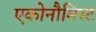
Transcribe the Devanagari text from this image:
एकोनौमिस्ट